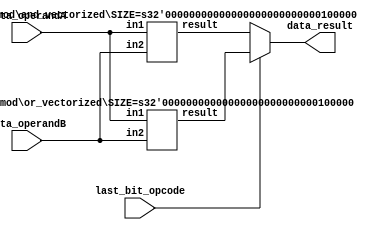
module bitwise_operation (data_operandA, data_operandB, last_bit_opcode, data_result);
	input [31:0] data_operandA, data_operandB;
	input last_bit_opcode;
	output [31:0] data_result;
	
	wire [31:0] and_result, or_result;
	and_vectorized #(.SIZE(32)) av(and_result, data_operandA, data_operandB);
	or_vectorized #(.SIZE(32)) ov(or_result, data_operandA, data_operandB);

	assign data_result = last_bit_opcode ? or_result : and_result;
endmodule

module or_vectorized (result, in1, in2);
	parameter SIZE = 1;
	input[SIZE - 1:0] in1, in2;
	output[SIZE - 1:0] result;
	
	genvar i;
	generate
		for (i = 0; i < SIZE; i = i + 1) begin : generate_or
			or o(result[i], in1[i], in2[i]);
		end
	endgenerate
endmodule

module and_vectorized (result, in1, in2);
	parameter SIZE = 1;
	input[SIZE - 1:0] in1, in2;
	output[SIZE - 1:0] result;
	
	genvar i;
	generate
		for (i = 0; i < SIZE; i = i + 1) begin : generate_and
			and a(result[i], in1[i], in2[i]);
		end
	endgenerate
endmodule